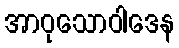
အာဝုသောဝါဒေန